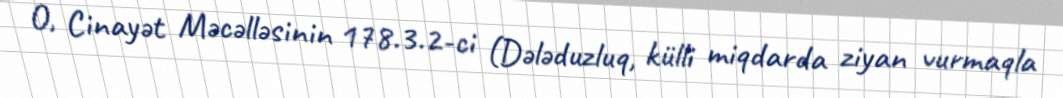
O, Cinayət Məcəlləsinin 178.3.2-ci (Dələduzluq, külli miqdarda ziyan vurmaqla